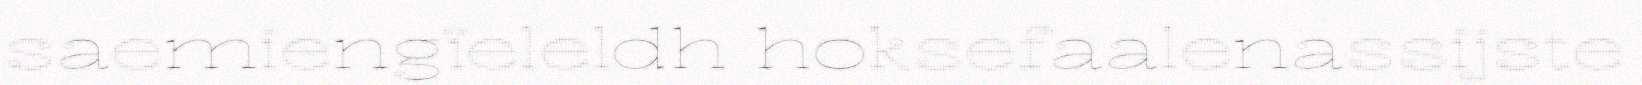
saemiengïeleldh hoksefaalenassijste